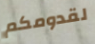
لقدومكم